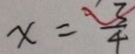
x = \frac { 3 } { 4 }